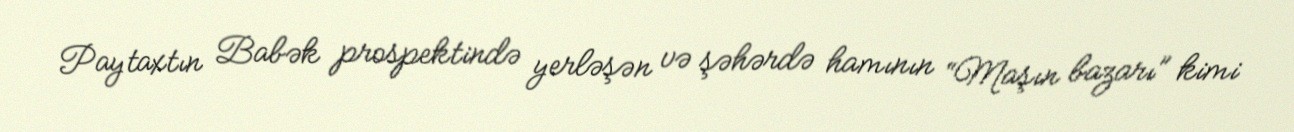
Paytaxtın Babək prospektində yerləşən və şəhərdə hamının “Maşın bazarı” kimi